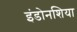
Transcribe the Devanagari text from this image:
इंडोनशिया